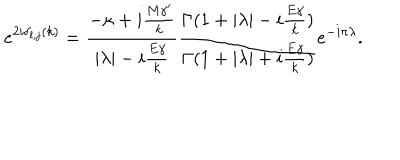
LaTeX: e ^ { 2 i \delta _ { l , j } ( k ) } = { \frac { - \kappa + i { \frac { M { \gamma } ^ { \prime } } { k } } } { | \lambda | - i { \frac { E \gamma } { k } } } } { \frac { \Gamma ( 1 + | \lambda | - i { \frac { E \gamma } { k } } ) } { \Gamma ( 1 + | \lambda | + i { \frac { E \gamma } { k } } ) } } e ^ { - i \pi \lambda } .